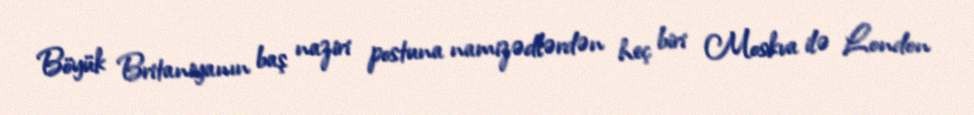
Böyük Britaniyanın baş naziri postuna namizədlərdən heç biri Moskva ilə London